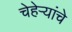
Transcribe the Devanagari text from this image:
चेहेऱ्यांचे